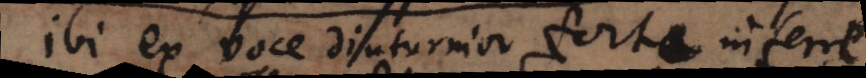
Ibi ex voce diuturnior forte inferre